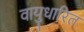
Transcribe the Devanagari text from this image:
वायुधारित